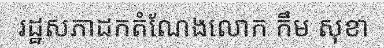
រដ្ឋសភាដកតំណែងលោក កឹម សុខា